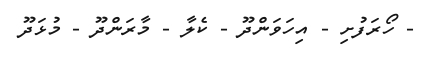
- ހޯރަފުށި - އިހަވަންދޫ - ކެލާ - މާރަންދޫ - މުޅަދޫ